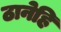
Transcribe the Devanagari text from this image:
ठानेहि